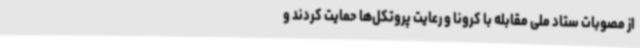
از مصوبات ستاد ملی مقابله با کرونا و رعایت پروتکل‌ها حمایت کردند و